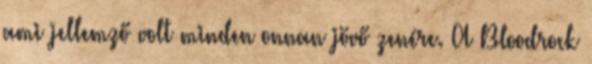
ami jellemző volt minden onnan jövő zenére. A Bloodrock